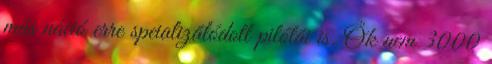
más náció erre speializálódott pilótái is. Ők nem 3000